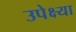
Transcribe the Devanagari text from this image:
उपेक्ष्या